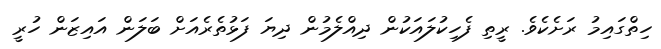
ހިތްގައިމު ރަށެކެވެ. ރީތި ފެހިކުލައަކުން ދިއްލެމުން ދިޔަ ފަޅުތެރެއަށް ބަލަން އައިޒަން ހުރީ